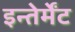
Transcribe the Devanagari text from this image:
इन्तेर्मेंट